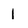
Character: 1